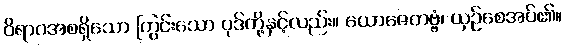
ဝိရာဂအစရှိသော ကြွင်းသော ပုဒ်တို့နှင့်လည်း။ ယောဇေတဗ္ဗံ၊ ယှဉ်စေအပ်၏။